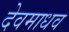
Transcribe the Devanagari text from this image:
देवमाधव